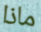
ماذا